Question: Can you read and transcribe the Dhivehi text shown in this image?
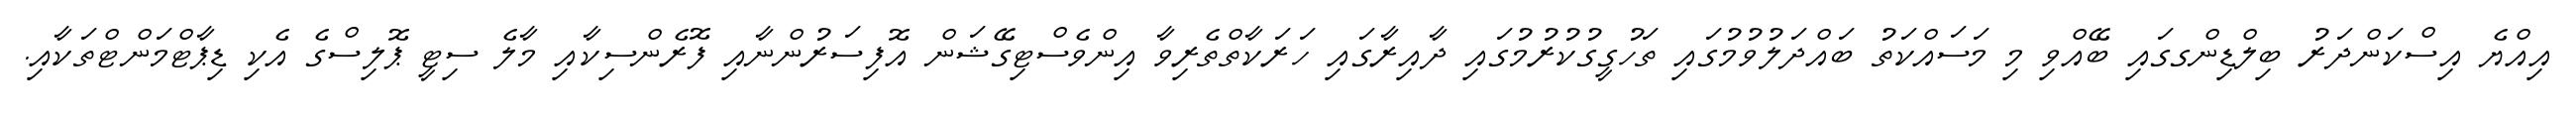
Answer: އިއްޔެ އިސްކަންދަރު ބިލްޑިންގގައި ބޭއްވި މި މަސައްކަތު ބައްދަލުވުމުގައި ތަހުގީގުކުރުމުގައި ދާއިރާގައި ހަރަކާތްތެރިވާ އިންވެސްޓިގޭޝަން އޮފިސަރުންނާއި ފޮރެންސިކާއި މާލެ ސިޓީ ޕޮލިސްގެ އެކި ޑިޕާޓްމަންޓްތަކާއި.